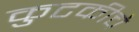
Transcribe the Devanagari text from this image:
कुटकीचे